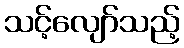
သင့်လျော်သည့်